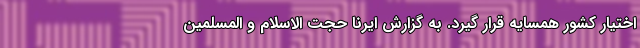
اختیار کشور همسایه قرار گیرد. به گزارش ایرنا حجت الاسلام و المسلمین